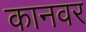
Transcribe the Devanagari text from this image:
कानवर